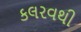
કલરવથી